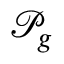
\mathcal { P } _ { g }